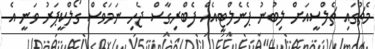
މެޗުގައި ޗެލްސީއަށް ލިބުނު ޕެނެލްޓީއެއް ފެބްރިގާސް ޖެހި ނަމަވެސް ގޯލްކީޕަރު ވަނީ އެ